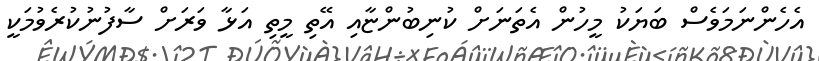
އެހެންނަމަވެސް ބަޔަކު މީހުން އެތަނަށް ކުނިބުންޏާއި އޭތި މީތި އަޅާ ވަރަށް ސާފުނުކުރެވުމަކީ